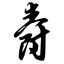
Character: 爵